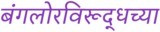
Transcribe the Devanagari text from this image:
बंगलोरविरूद्धच्या